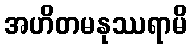
အဟိတမနုဿရာမိ